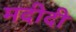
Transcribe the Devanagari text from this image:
मदीदी